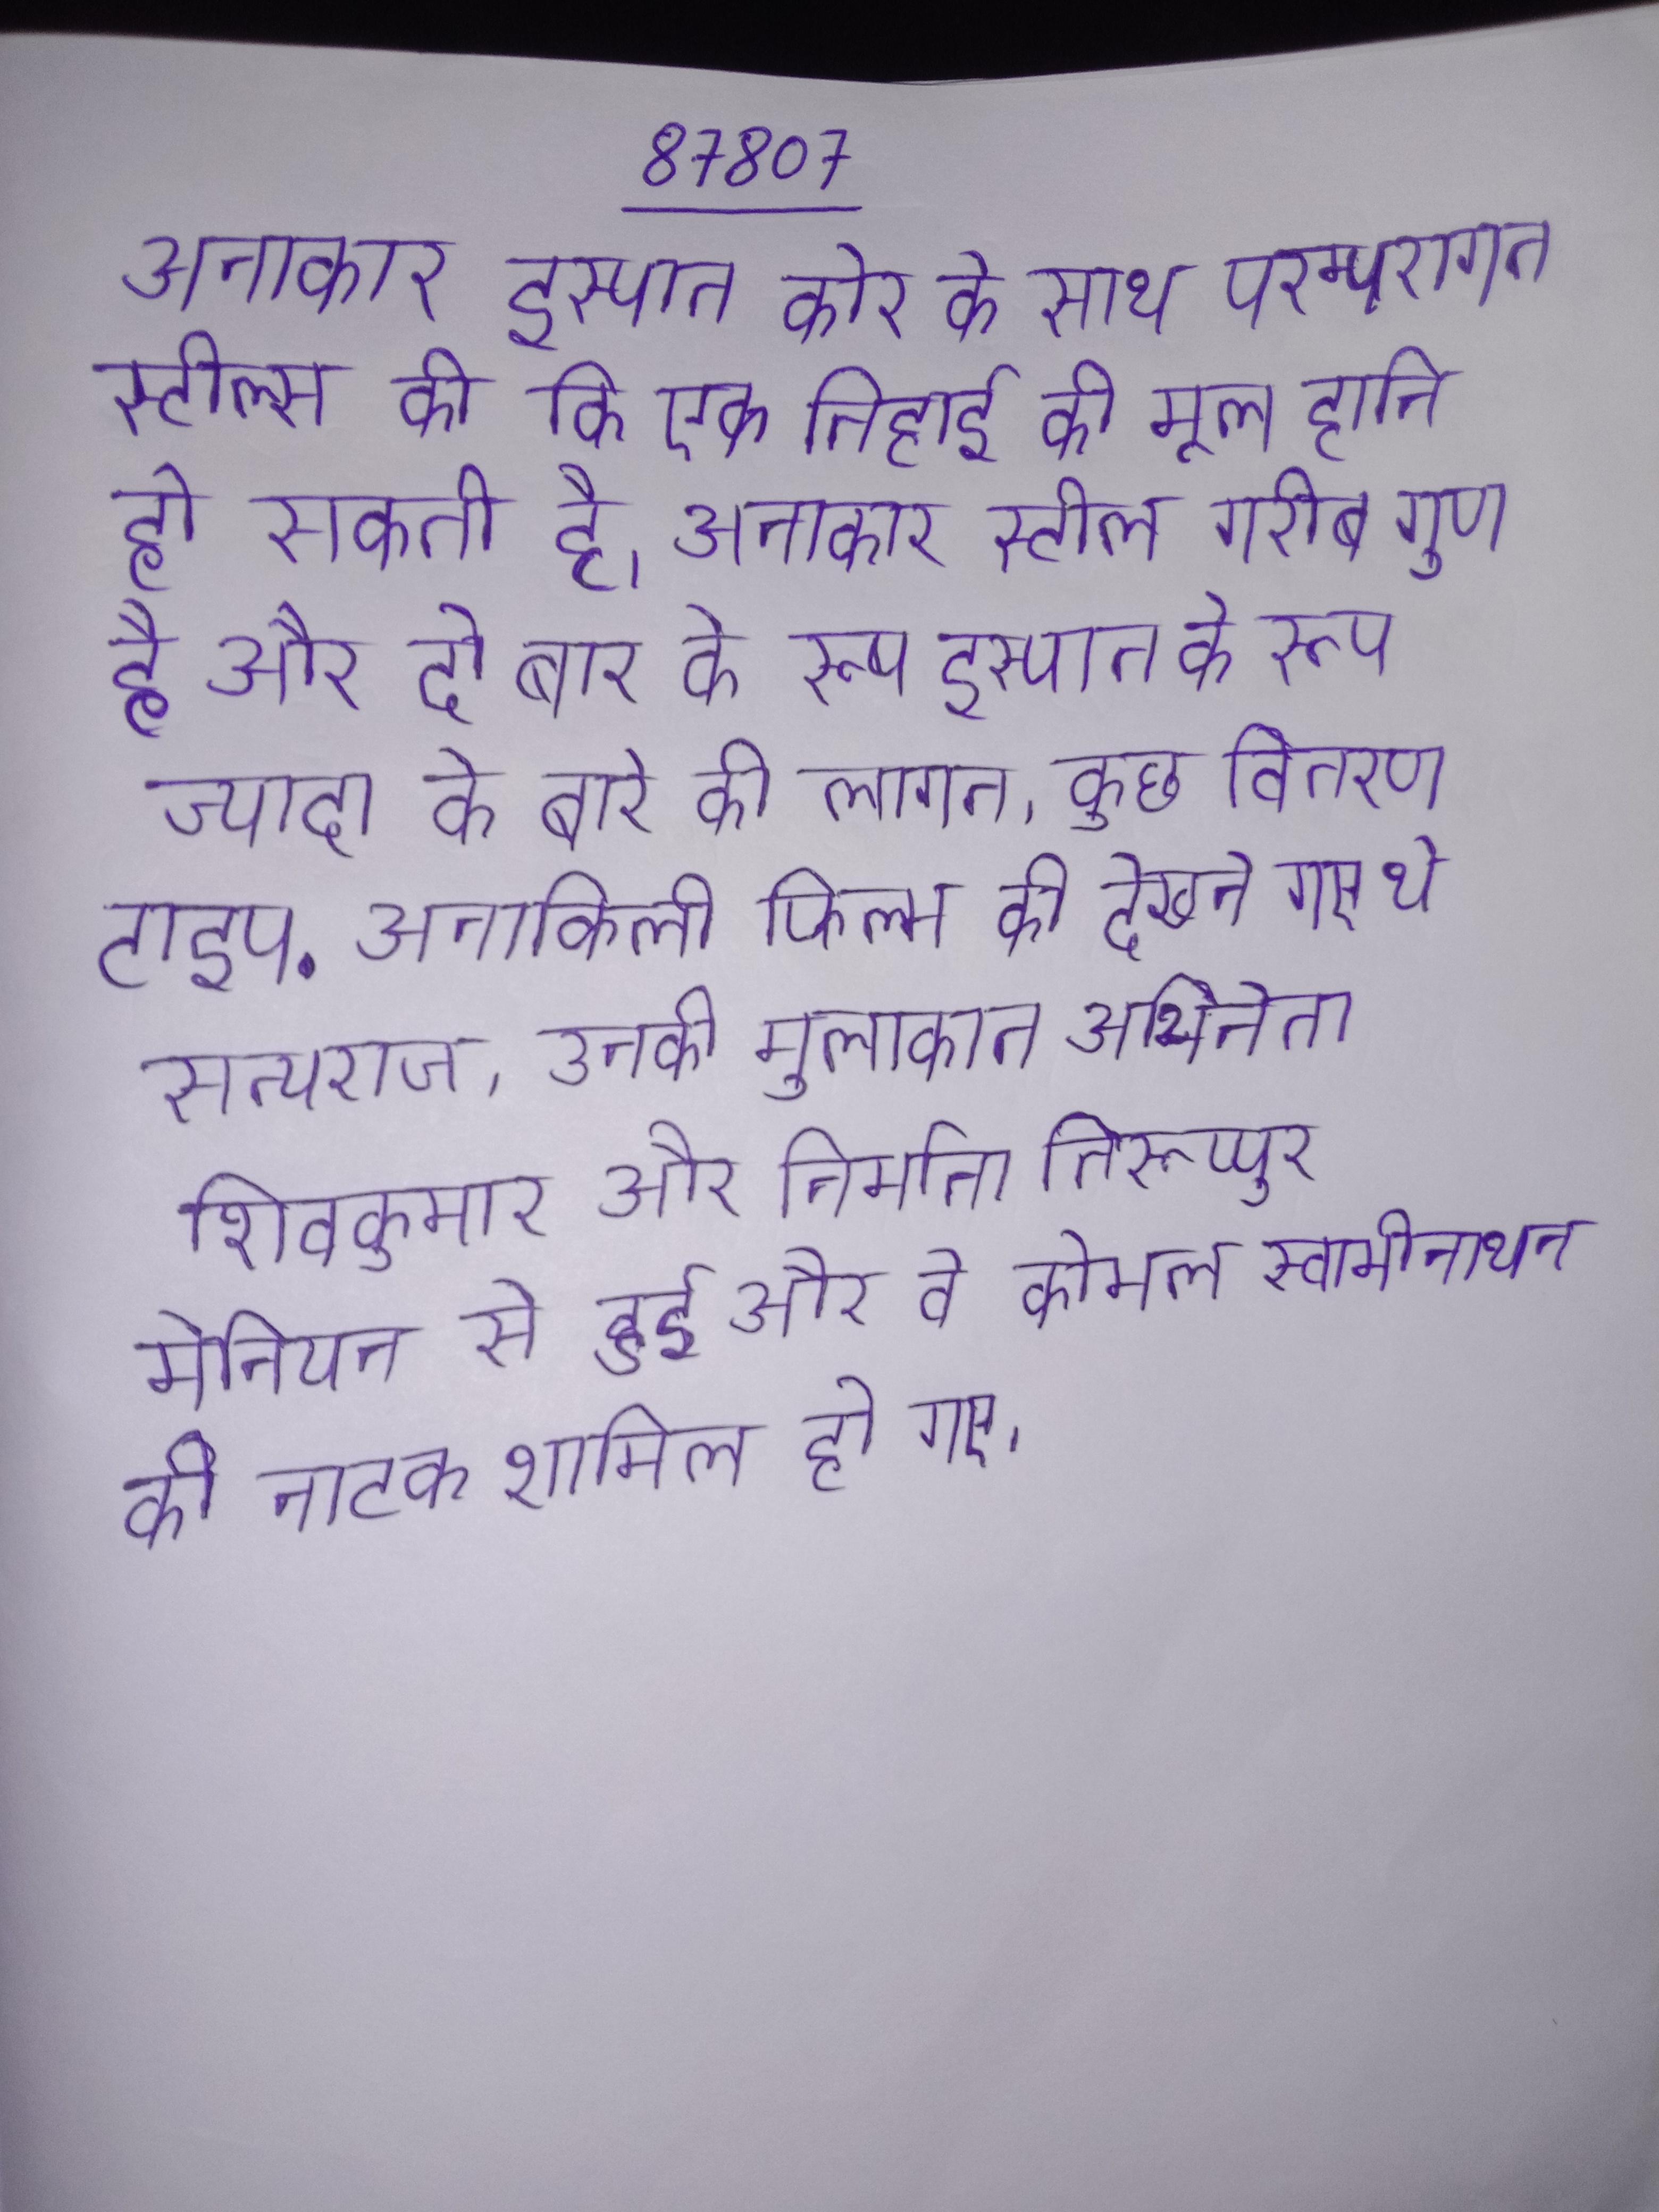
अनाकार इस्पात कोर के साथ परम्परागत स्टील्स की कि एक तिहाई की मूल हानि हो सकती है । अनाकार स्टील गरीब गुण है और दो बार के रूप इस्पात के रूप ज्यादा के बारे की लागत, कुछ वितरण टाइप . अनाकिली फिल्म की देखने गए थे सत्यराज, उनकी मुलाकात अभिनेता शिवकुमार और निर्माता तिरूप्पुर मेनियन से हुई और वे कोमल स्वामीनाथन की नाटक शामिल हो गए ।